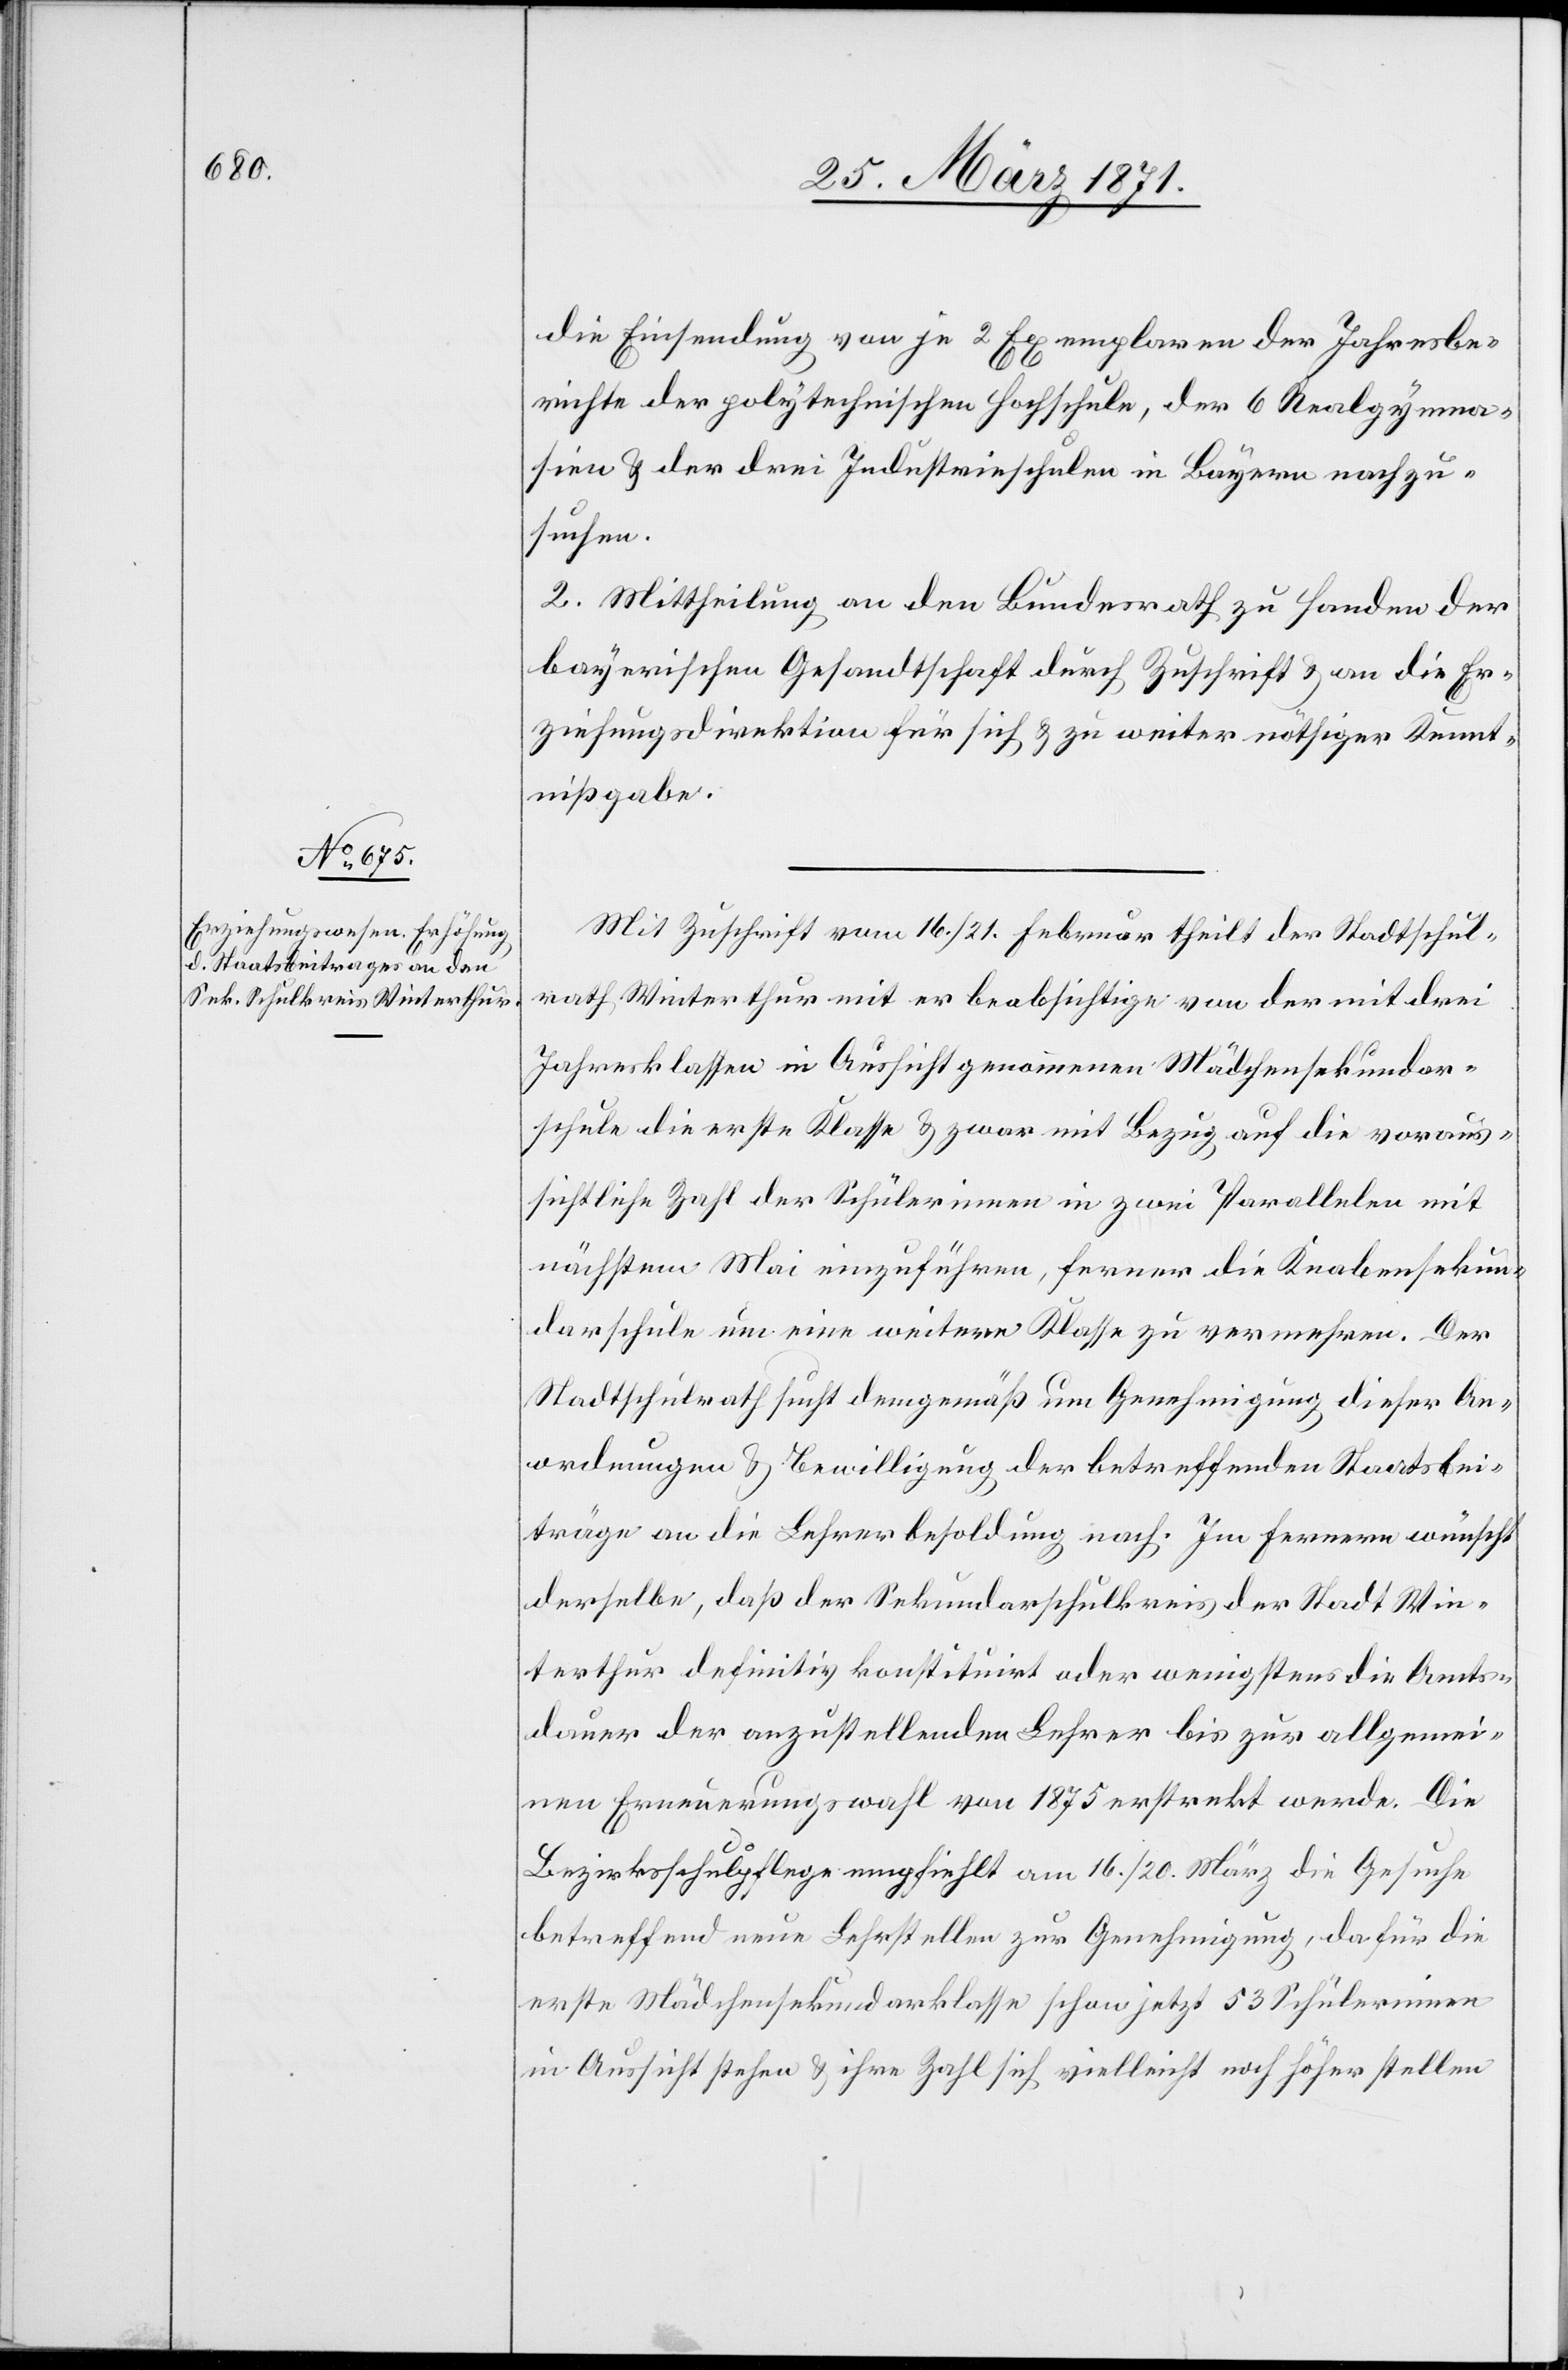
die Einsendung von je 2 Exemplaren der Jahresbe¬
richte der polytechnischen Hochschule, der 6 Realgymna¬
sien u. der drei Industrieschulen in Luzern nachzu¬
suchen.
2. Mittheilung an den Bundesrath zu Handen der
bayerischen Gesandtschaft durch Zuschrift u. an die Er¬
ziehungsdirektion für sich u. zu weiter nöthiger Kennt¬
nißgabe.
Mit Zuschrift vom 16. / 21. Februar theilt der Stadtschul¬
rath Winterthur mit er beabsichtige von der mit drei
Jahresklassen in Aussicht genommenen Mädchensekundar¬
schule die erste Klasse u. zwar mit Bezug auf die voraus¬
sichtliche Zahl der Schülerinnen in zwei Parallelen mit
nächstem Mai einzuführen, ferner die Knabensekun¬
darschule um eine weitere Klasse zu vermehren. Der
Stadtschulrath sucht demgemäß um Genehmigung dieser An¬
ordnungen u. Bewilligung der betreffenden Staatsbei¬
träge an die Lehrerbesoldung nach. Im Fernern wünscht
derselbe, daß der Sekundarschulkreis der Stadt Win¬
terthur definitiv konstituiert oder wenigstens die Amts¬
dauer der anzustellenden Lehrer bis zur allgemei¬
nen Erneuerungswahl von 1875 erstreckt werde. Die
Bezirksschulpflege empfiehlt am 16. / 20. März die Gesuche
betreffend neue Lehrstellen zur Genehmigung, da für die
erste Mädchensekundarklasse schon jetzt 53 Schülerinnen
in Aussicht stehen u. ihre Zahl sich vielleicht noch höher stellen